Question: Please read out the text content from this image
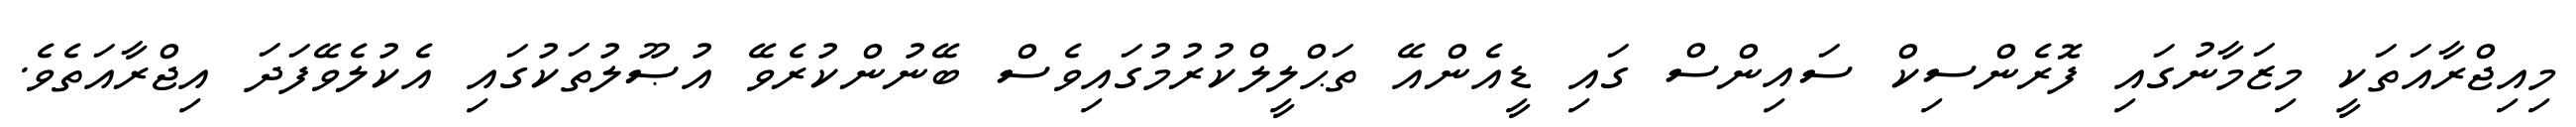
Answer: މިއިޖްރާއަތަކީ މިޒަމާނުގައި ފޮރެންސިކް ސައިންސް ގައި ޑީއެންއޭ ތަޙްލީލްކުރުމުގައިވެސް ބޭނުންކުރެވޭ އުޞޫލުތަކުގައި އެކުލެވޭފަދަ އިޖްރާއަތެވެ.